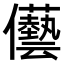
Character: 𠑢